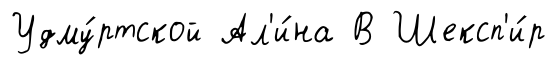
Удму́ртской Ал'и́на В Шексп'и́р